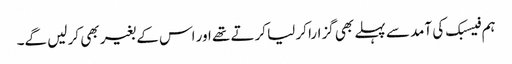
ہم فیسبک کی آمد سے پہلے بھی گزارا کر لیا کرتے تھے اور اس کے بغیر بھی کر لیں گے۔